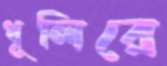
ধূলিরে